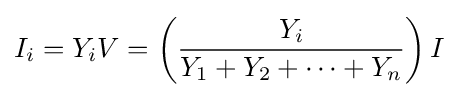
I_{i}=Y_{i}V=\left({\frac {Y_{i}}{Y_{1}+Y_{2}+\cdots +Y_{n}}}\right)I